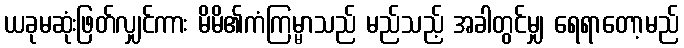
ယခုမဆုံးဖြတ်လျှင်ကား မိမိ၏ကံကြမ္မာသည် မည်သည့် အခါတွင်မျှ ရေရာတော့မည်